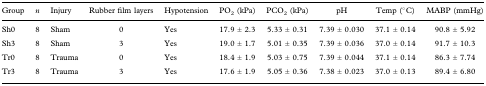
<table><thead><tr><td><b>Group</b></td><td><b><i>n</i></b></td><td><b>Injury</b></td><td><b>Rubber film layers</b></td><td><b>Hypotension</b></td><td><b>PO<sub>2</sub> (kPa)</b></td><td><b>PCO<sub>2</sub> (kPa)</b></td><td><b>pH</b></td><td><b>Temp (°C)</b></td><td><b>MABP (mmHg)</b></td></tr></thead><tbody><tr><td>Sh0</td><td>8</td><td>Sham</td><td>0</td><td>Yes</td><td>17.9 ± 2.3</td><td>5.33 ± 0.31</td><td>7.39 ± 0.030</td><td>37.1 ± 0.14</td><td>90.8 ± 5.92</td></tr><tr><td>Sh3</td><td>8</td><td>Sham</td><td>3</td><td>Yes</td><td>19.0 ± 1.7</td><td>5.01 ± 0.35</td><td>7.39 ± 0.036</td><td>37.0 ± 0.14</td><td>91.7 ± 10.3</td></tr><tr><td>Tr0</td><td>8</td><td>Trauma</td><td>0</td><td>Yes</td><td>18.4 ± 1.9</td><td>5.03 ± 0.75</td><td>7.39 ± 0.044</td><td>37.1 ± 0.14</td><td>86.3 ± 7.74</td></tr><tr><td>Tr3</td><td>8</td><td>Trauma</td><td>3</td><td>Yes</td><td>17.6 ± 1.9</td><td>5.05 ± 0.36</td><td>7.38 ± 0.023</td><td>37.0 ± 0.13</td><td>89.4 ± 6.80</td></tr></tbody></table>